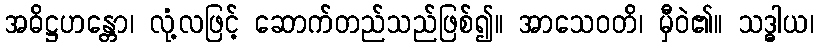
အဓိဋ္ဌဟန္တော၊ လုံ့လဖြင့် ဆောက်တည်သည်ဖြစ်၍။ အာသေဝတိ၊ မှီဝဲ၏။ သဒ္ဓါယ၊